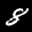
Label: 8